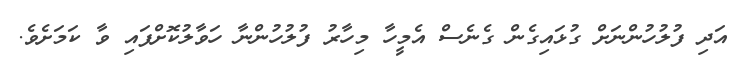
އަދި ފުލުހުންނަށް ގުޅައިގެން ގެނެސް އެމީހާ މިހާރު ފުލުހުންނާ ހަވާލުކޮށްފައި ވާ ކަމަށެވެ.